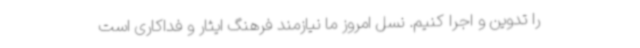
را تدوین و اجرا کنیم. نسل امروز ما نیازمند فرهنگ ایثار و فداکاری است